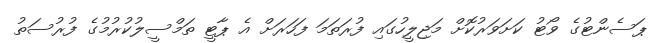
ޕަސެންޓުގެ ވޯޓު ކަށަވަރުކޮށް މަޖިލީހުގައި ފުރަތަމަ ފަހަރަށް އެ ޕާޓީ ތަމްސީލުކުރުމުގެ ފުރުސަތު